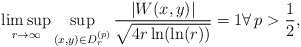
\begin{align*} \limsup_{r\to\infty} \sup_{(x,y)\in D_r^{(p)}} \frac{\vert W(x,y)\vert} {\sqrt{4r\ln(\ln(r))}} = 1 \forall\,p>\frac{1}{2}, \end{align*}